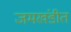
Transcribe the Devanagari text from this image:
जमखंडीत